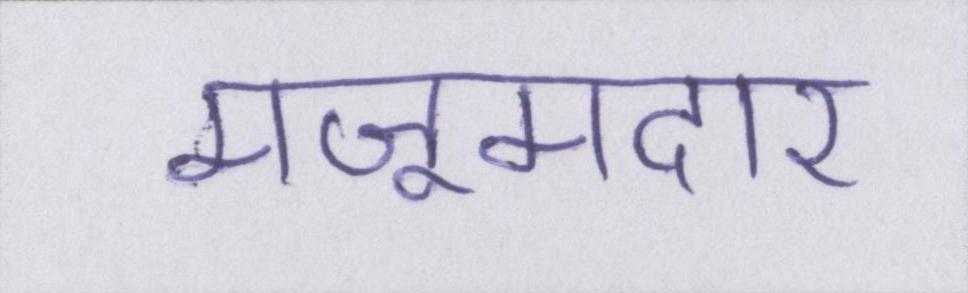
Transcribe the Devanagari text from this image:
मजूमदार